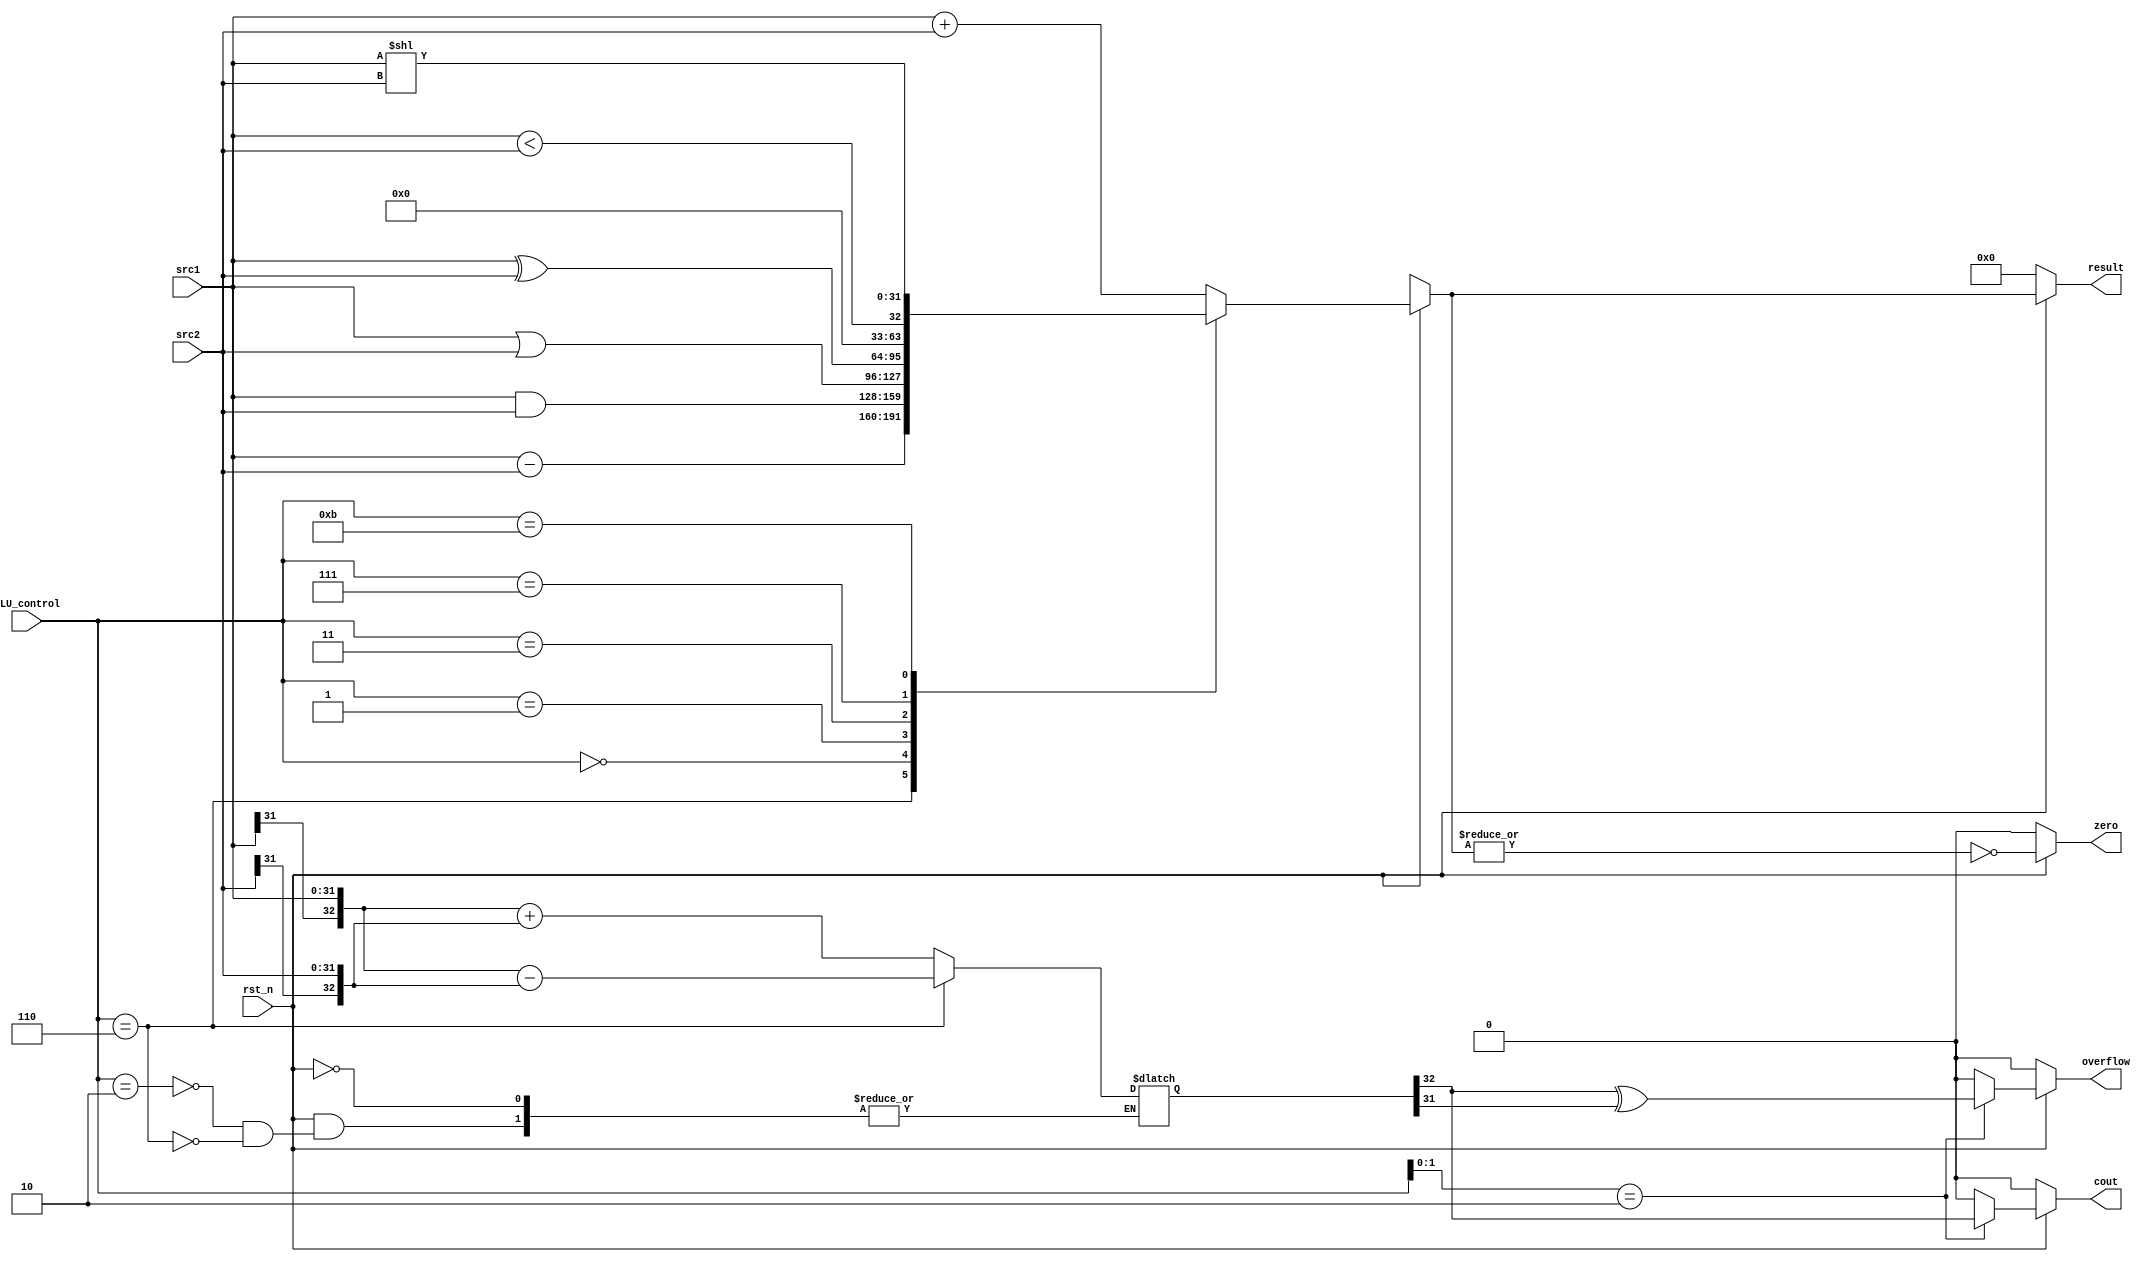
/***************************************************
Student Name:
Student ID:
***************************************************/
`timescale 1ns/1ps

module alu(
	input                   rst_n,         // negative reset            (input)
	input signed [32-1:0]	src1,          // 32 bits source 1          (input)
	input signed [32-1:0]	src2,          // 32 bits source 2          (input)
	input 	     [ 4-1:0] 	ALU_control,   // 4 bits ALU control input  (input)
	output reg   signed [32-1:0]	result,        // 32 bits result            (output)
	output reg              zero,          // 1 bit when the output is 0, zero must be set (output)
	output reg              cout,          // 1 bit carry out           (output)
	output reg              overflow       // 1 bit overflow            (output)
	);

/* Write your code HERE */
parameter Add = 4'b0010; //add, addi
parameter Sub = 4'b0110;
parameter And = 4'b0000;
parameter Or  = 4'b0001;
parameter Xor = 4'b0011;
parameter Slt = 4'b0111;
parameter Sll = 4'b1011;
reg [32:0] sum;

always @(*)begin
    if(rst_n)begin
        case(ALU_control)
            Add: begin
                result = src1 + src2;
		        sum <= {src1[31], src1} + {src2[31], src2};
            end
            Sub:begin
                result = src1 - src2;
		        sum <= {src1[31], src1} - {src2[31], src2};
            end
            And:begin
                result = src1 & src2;
            end
            Or:begin
                result = src1 | src2;
            end
            Xor: begin
                result = src1 ^ src2;
            end
            Slt: begin
                result = src1 < src2;
            end
            Sll: begin
                result = src1 << src2;
            end
            default: begin
                result = src1 + src2;
            end
        endcase

        zero = !(|result);

	case(ALU_control[1:0])
	    2'b10: begin //only add, sub, addi have cout, overflow
	        cout = sum[32];
            overflow = sum[32] ^ sum [31];
	    end
	    default: begin
	        cout = 0;
            overflow = 0;
	    end
	endcase
    end
    else begin
        result = 32'h0000_0000;
        zero = 0;
        cout = 0;
        overflow = 0;
    end
end

endmodule